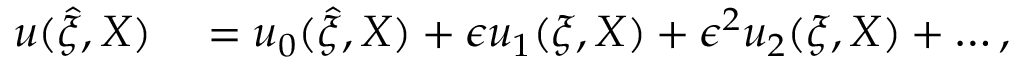
\begin{array} { r l } { u ( \hat { \xi } , X ) } & { { } = u _ { 0 } ( \hat { \xi } , X ) + \epsilon u _ { 1 } ( \xi , X ) + \epsilon ^ { 2 } u _ { 2 } ( \xi , X ) + \dots , } \end{array}